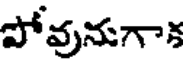
పోవునుగాక